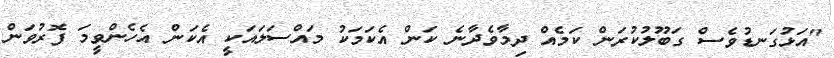
"އަޅުގަނޑުވެސް ގަބޫލުކުރަން ކަމެއް ދިމާވެދާނެ ކަން އެކަމަކު މައްސަލައަކީ އެކަން އެހެންވީމަ ފޮރުވަން